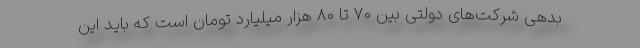
بدهی شرکت‌های دولتی بین ۷۰ تا ۸۰ هزار میلیارد تومان است که باید این